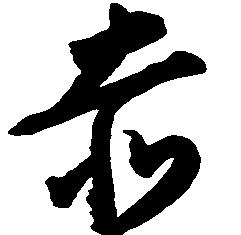
赤